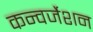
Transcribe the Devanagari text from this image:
कन्वर्जेशन